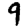
Digit: 9